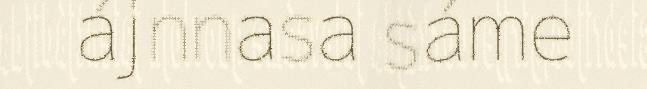
ájnnasa sáme